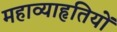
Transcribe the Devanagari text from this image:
महाव्याहृतियों